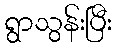
ရွာသွန်းပြီး